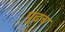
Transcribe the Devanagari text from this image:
पुढच